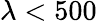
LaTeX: \lambda<500